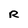
Character: R